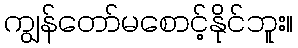
ကျွန်တော်မစောင့်နိုင်ဘူး။